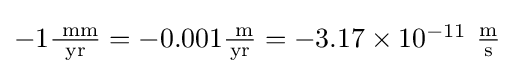
{\textstyle -1\mathrm {\frac {~mm}{yr}} =-0.001\mathrm {\frac {~m}{yr}} =-3.17\times 10^{-11}~\mathrm {\frac {m}{s}} }